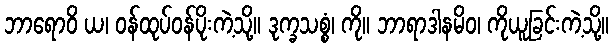
ဘာရောဝိ ယ၊ ဝန်ထုပ်ဝန်ပိုးကဲ့သို့။ ဒုက္ခသစ္စံ၊ ကို။ ဘာရာဒါနမိဝ၊ ကိုယူခြင်းကဲ့သို့။